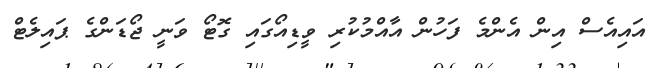
އައިއެސް އިން އެންމެ ފަހުން އާއްމުކުރި ވީޑިއޯގައި ގޮޓޯ ވަނީ ޖޯޑަންގެ ޕައިލެޓް